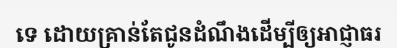
ទេ ដោយគ្រាន់តែជូនដំណឹងដើម្បីឲ្យអាជ្ញាធរ